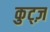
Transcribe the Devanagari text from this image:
कुट्ज़